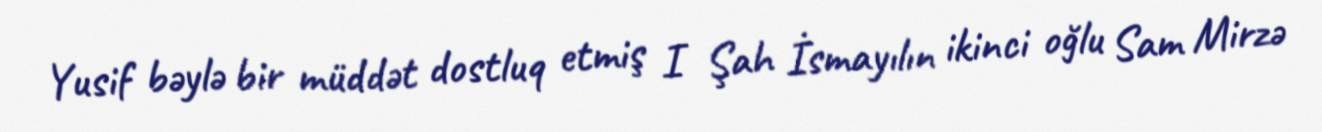
Yusif bəylə bir müddət dostluq etmiş I Şah İsmayılın ikinci oğlu Sam Mirzə